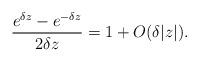
LaTeX: \begin{align*}\frac{e^{\delta z} - e^{-\delta z}}{2\delta z} = 1 +O(\delta|z|).\end{align*}